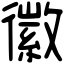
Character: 徽